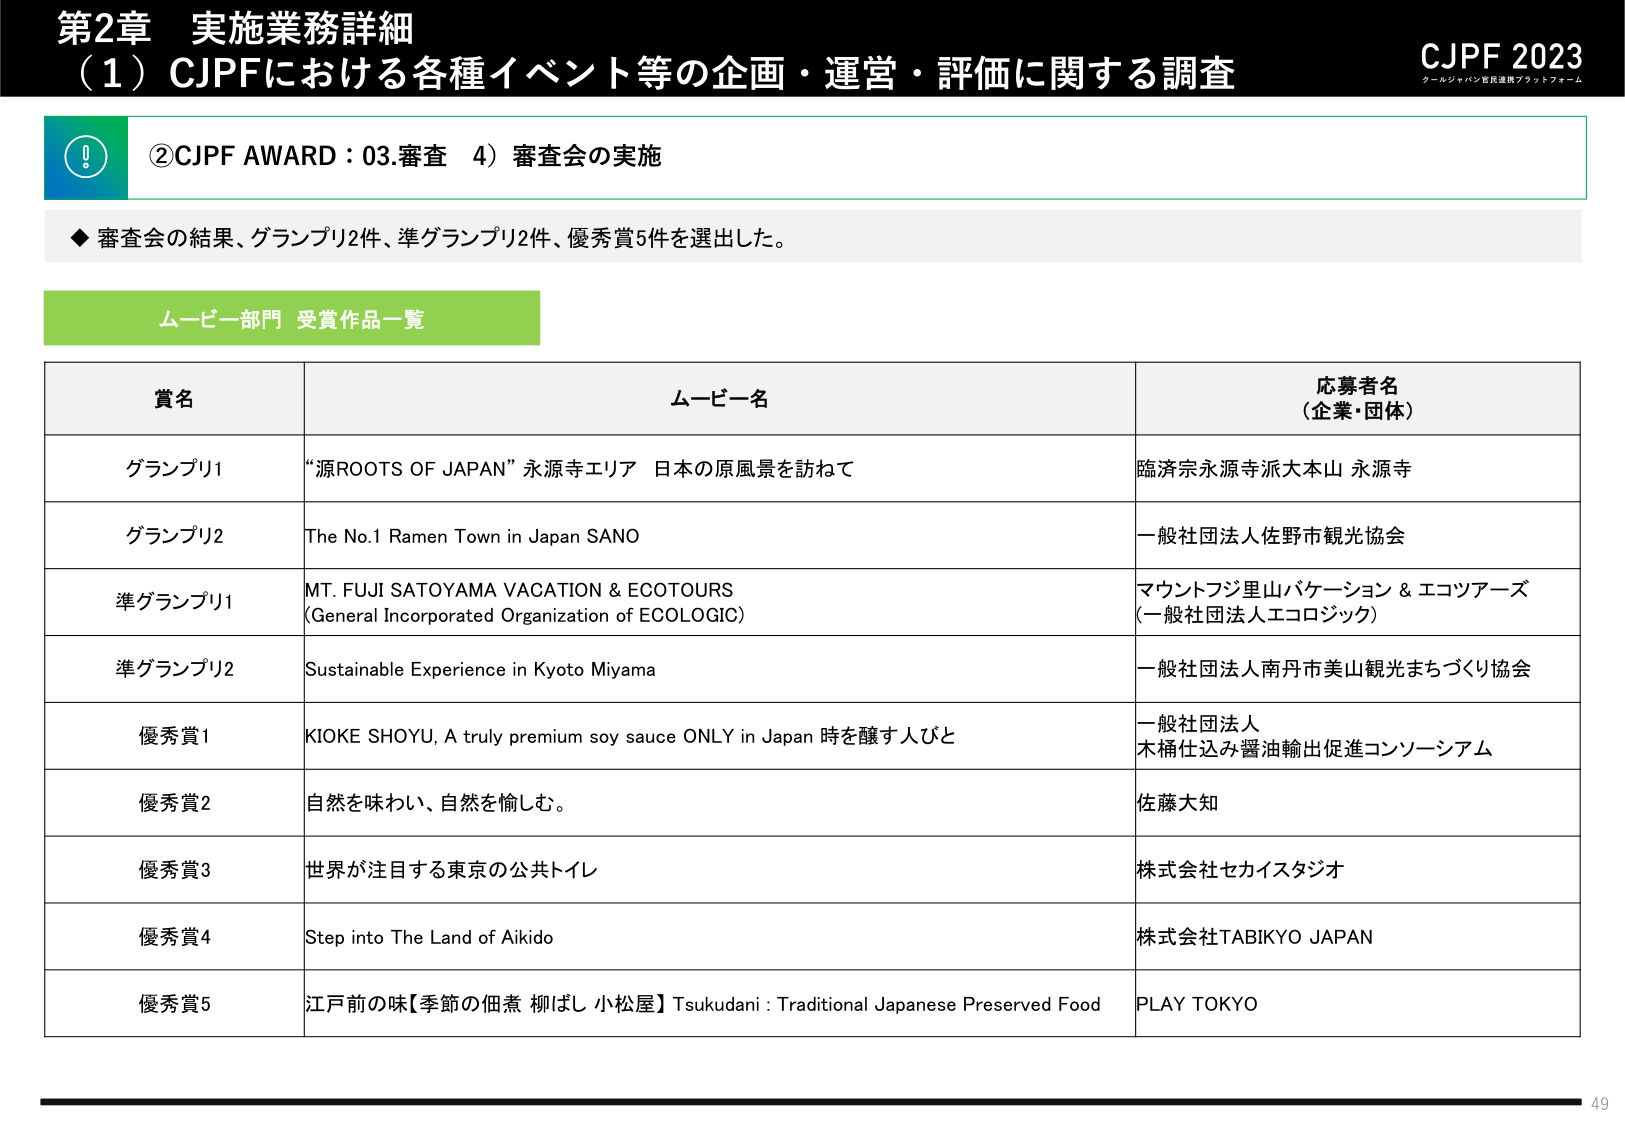
第2章 実施業務詳細
（1）CJPFにおける各種イベント等の企画・運営・評価に関する調査
CJPF 2023
クールジャパン官民連携プラットフォーム

②CJPF AWARD：03.審査 4）審査会の実施

◆審査会の結果、グランプリ2件、準グランプリ2件、優秀賞5件を選出した。

ムービー部門 受賞作品一覧

賞名 ムービー名 応募者名（企業・団体）
グランプリ1 “源ROOTS OF JAPAN” 永源寺エリア 日本の原風景を訪ねて 臨済宗永源寺派大本山 永源寺
グランプリ2 The No.1 Ramen Town in Japan SANO 一般社団法人佐野市観光協会
準グランプリ1 MT. FUJI SATOYAMA VACATION & ECOTOURS (General Incorporated Organization of ECOLOGIC) マウントフジ里山バケーション & エコツアーズ（一般社団法人エコロジック）
準グランプリ2 Sustainable Experience in Kyoto Miyama 一般社団法人南丹市美山観光まちづくり協会
優秀賞1 KIOKE SHOYU, A truly premium soy sauce ONLY in Japan 時を醸す人びと 一般社団法人 木桶仕込み醤油輸出促進コンソーシアム
優秀賞2 自然を味わい、自然を愉しみ。 佐藤大知
優秀賞3 世界が注目する東京の公共トイレ 株式会社セカイスタジオ
優秀賞4 Step into The Land of Aikido 株式会社TABI KYO JAPAN
優秀賞5 江戸前の味【季節の佃煮 柳ばし 小松屋】Tsukudani : Traditional Japanese Preserved Food PLAY TOKYO

49